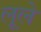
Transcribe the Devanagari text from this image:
लूले